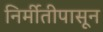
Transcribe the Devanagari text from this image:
निर्मीतीपासून